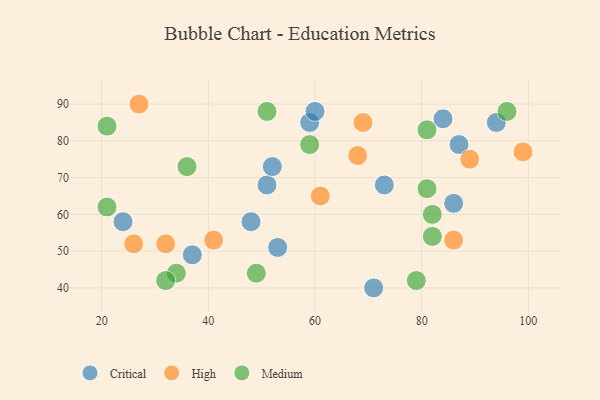
{"axis": {"x": "GDP", "y": "Life Expectancy"}, "legend": ["Critical", "High", "Medium"], "data": [{"x": "51", "y": 68, "type": "Critical"}, {"x": "84", "y": 86, "type": "Critical"}, {"x": "94", "y": 85, "type": "Critical"}, {"x": "73", "y": 68, "type": "Critical"}, {"x": "52", "y": 73, "type": "Critical"}, {"x": "24", "y": 58, "type": "Critical"}, {"x": "86", "y": 63, "type": "Critical"}, {"x": "53", "y": 51, "type": "Critical"}, {"x": "87", "y": 79, "type": "Critical"}, {"x": "59", "y": 85, "type": "Critical"}, {"x": "37", "y": 49, "type": "Critical"}, {"x": "60", "y": 88, "type": "Critical"}, {"x": "48", "y": 58, "type": "Critical"}, {"x": "71", "y": 40, "type": "Critical"}, {"x": "99", "y": 77, "type": "High"}, {"x": "69", "y": 85, "type": "High"}, {"x": "61", "y": 65, "type": "High"}, {"x": "89", "y": 75, "type": "High"}, {"x": "68", "y": 76, "type": "High"}, {"x": "32", "y": 52, "type": "High"}, {"x": "86", "y": 53, "type": "High"}, {"x": "27", "y": 90, "type": "High"}, {"x": "41", "y": 53, "type": "High"}, {"x": "26", "y": 52, "type": "High"}, {"x": "79", "y": 42, "type": "Medium"}, {"x": "96", "y": 88, "type": "Medium"}, {"x": "21", "y": 84, "type": "Medium"}, {"x": "21", "y": 62, "type": "Medium"}, {"x": "81", "y": 83, "type": "Medium"}, {"x": "51", "y": 88, "type": "Medium"}, {"x": "34", "y": 44, "type": "Medium"}, {"x": "36", "y": 73, "type": "Medium"}, {"x": "32", "y": 42, "type": "Medium"}, {"x": "82", "y": 54, "type": "Medium"}, {"x": "82", "y": 60, "type": "Medium"}, {"x": "49", "y": 44, "type": "Medium"}, {"x": "59", "y": 79, "type": "Medium"}, {"x": "81", "y": 67, "type": "Medium"}]}